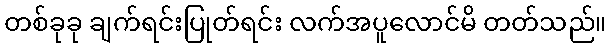
တစ်ခုခု ချက်ရင်းပြုတ်ရင်း လက်အပူလောင်မိ တတ်သည်။